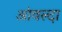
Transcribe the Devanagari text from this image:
आंवल्दा